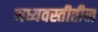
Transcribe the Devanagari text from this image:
मध्यवस्तीतील